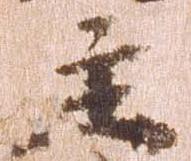
主